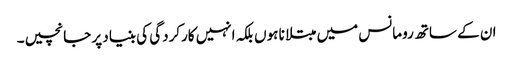
ان کے ساتھ رومانس میں مبتلا نا ہوں بلکہ انہیں کارکردگی کی بنیاد پر جانچیں۔